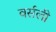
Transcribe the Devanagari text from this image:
वर्सली